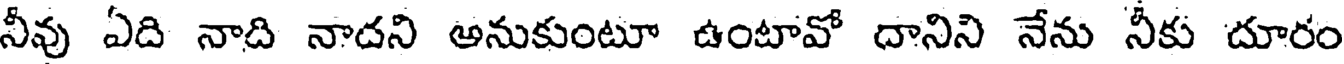
నీవు ఏది నాది నాదని అనుకుంటూ ఉంటావో దానిని నేను నీకు దూరం